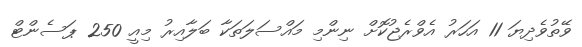
ވޭތުވެދިޔަ 11 އަހަރު އެވްރެޖުކޮށް ނިންމި މައްސަލަތަކާ ބަލާއިރު މިއީ 250 ޕަސެންޓް